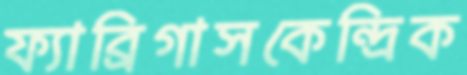
ফ্যাব্রিগাসকেন্দ্রিক